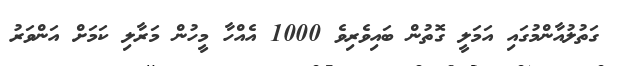
ގަތުލުއާންމުގައި އަމަލީ ގޮތުން ބައިވެރިވެ 1000 އެއްހާ މީހުން މަރާލި ކަމަށް އަންވަރު